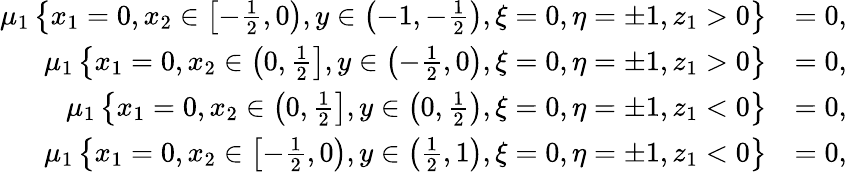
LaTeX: \begin{array}{rl}{\mu_{1}\left\{ x_{1}=0,x_{2}\in\left[-\frac{1}{2},0\right),y\in\left(-1,-\frac{1}{2}\right),\xi=0,\eta=\pm 1,z_{1}>0\right\} }&{=0,}\\ {\mu_{1}\left\{ x_{1}=0,x_{2}\in\left(0,\frac{1}{2}\right],y\in\left(-\frac{1}{2},0\right),\xi=0,\eta=\pm 1,z_{1}>0\right\} }&{=0,}\\ {\mu_{1}\left\{ x_{1}=0,x_{2}\in\left(0,\frac{1}{2}\right],y\in\left(0,\frac{1}{2}\right),\xi=0,\eta=\pm 1,z_{1}<0\right\} }&{=0,}\\ {\mu_{1}\left\{ x_{1}=0,x_{2}\in\left[-\frac{1}{2},0\right),y\in\left(\frac{1}{2},1\right),\xi=0,\eta=\pm 1,z_{1}<0\right\} }&{=0,}\end{array}